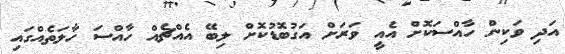
އަދި ވަކިން ހާއްސަކޮށް އެއީ ވަަރަށް އަގުބޮޑުކޮށް ލިބޭ އެއްޗެއް ހާއްސަ ހާލަތެއްގައި